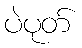
ပဲပုတ်